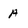
Character: A